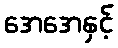
အေအေနှင့်